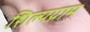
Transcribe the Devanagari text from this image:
शिल्‍पग्राम